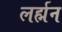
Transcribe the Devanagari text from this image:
लर्ह्मन